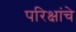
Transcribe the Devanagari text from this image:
परिक्षांचे